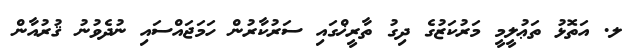
ލ. އަތޮޅު ތަޢުލީމީ މަރުކަޒުގެ ދިގު ތާރީޚްގައި ސަރުކާރުން ހަމަޖައްސައި ނުދެވުނު ޤުރުއާން